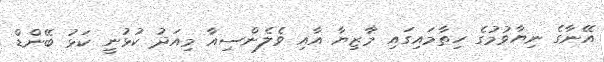
އޭނާގެ ނިޔާވުމުގެ ހިތާމައިގައި މާޒިޔާ އާއި ވެލެންސިއާ މިއަދު ކުޅުނީ ކަޅު ބޭންޑް